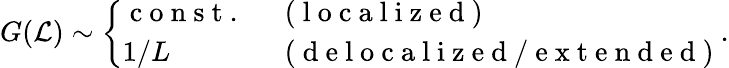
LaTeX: G(\mathcal{L})\sim\left\{ \begin{array}{ll}{\mathrm{~c~o~n~s~t~.~}}&{\mathrm{~(~l~o~c~a~l~i~z~e~d~)~}}\\ {1/L}&{\mathrm{~(~d~e~l~o~c~a~l~i~z~e~d~/~e~x~t~e~n~d~e~d~)~}}\end{array}\right..